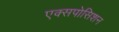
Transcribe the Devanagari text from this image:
एक्सपोसिशन